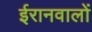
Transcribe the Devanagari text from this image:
ईरानवालों